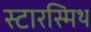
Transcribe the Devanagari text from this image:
स्टारस्मिथ